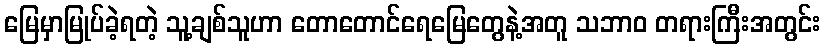
မြေမှာမြုပ်ခဲ့ရတဲ့ သူ့ချစ်သူဟာ တောတောင်ရေမြေတွေနဲ့အတူ သဘာဝ တရားကြီးအတွင်း